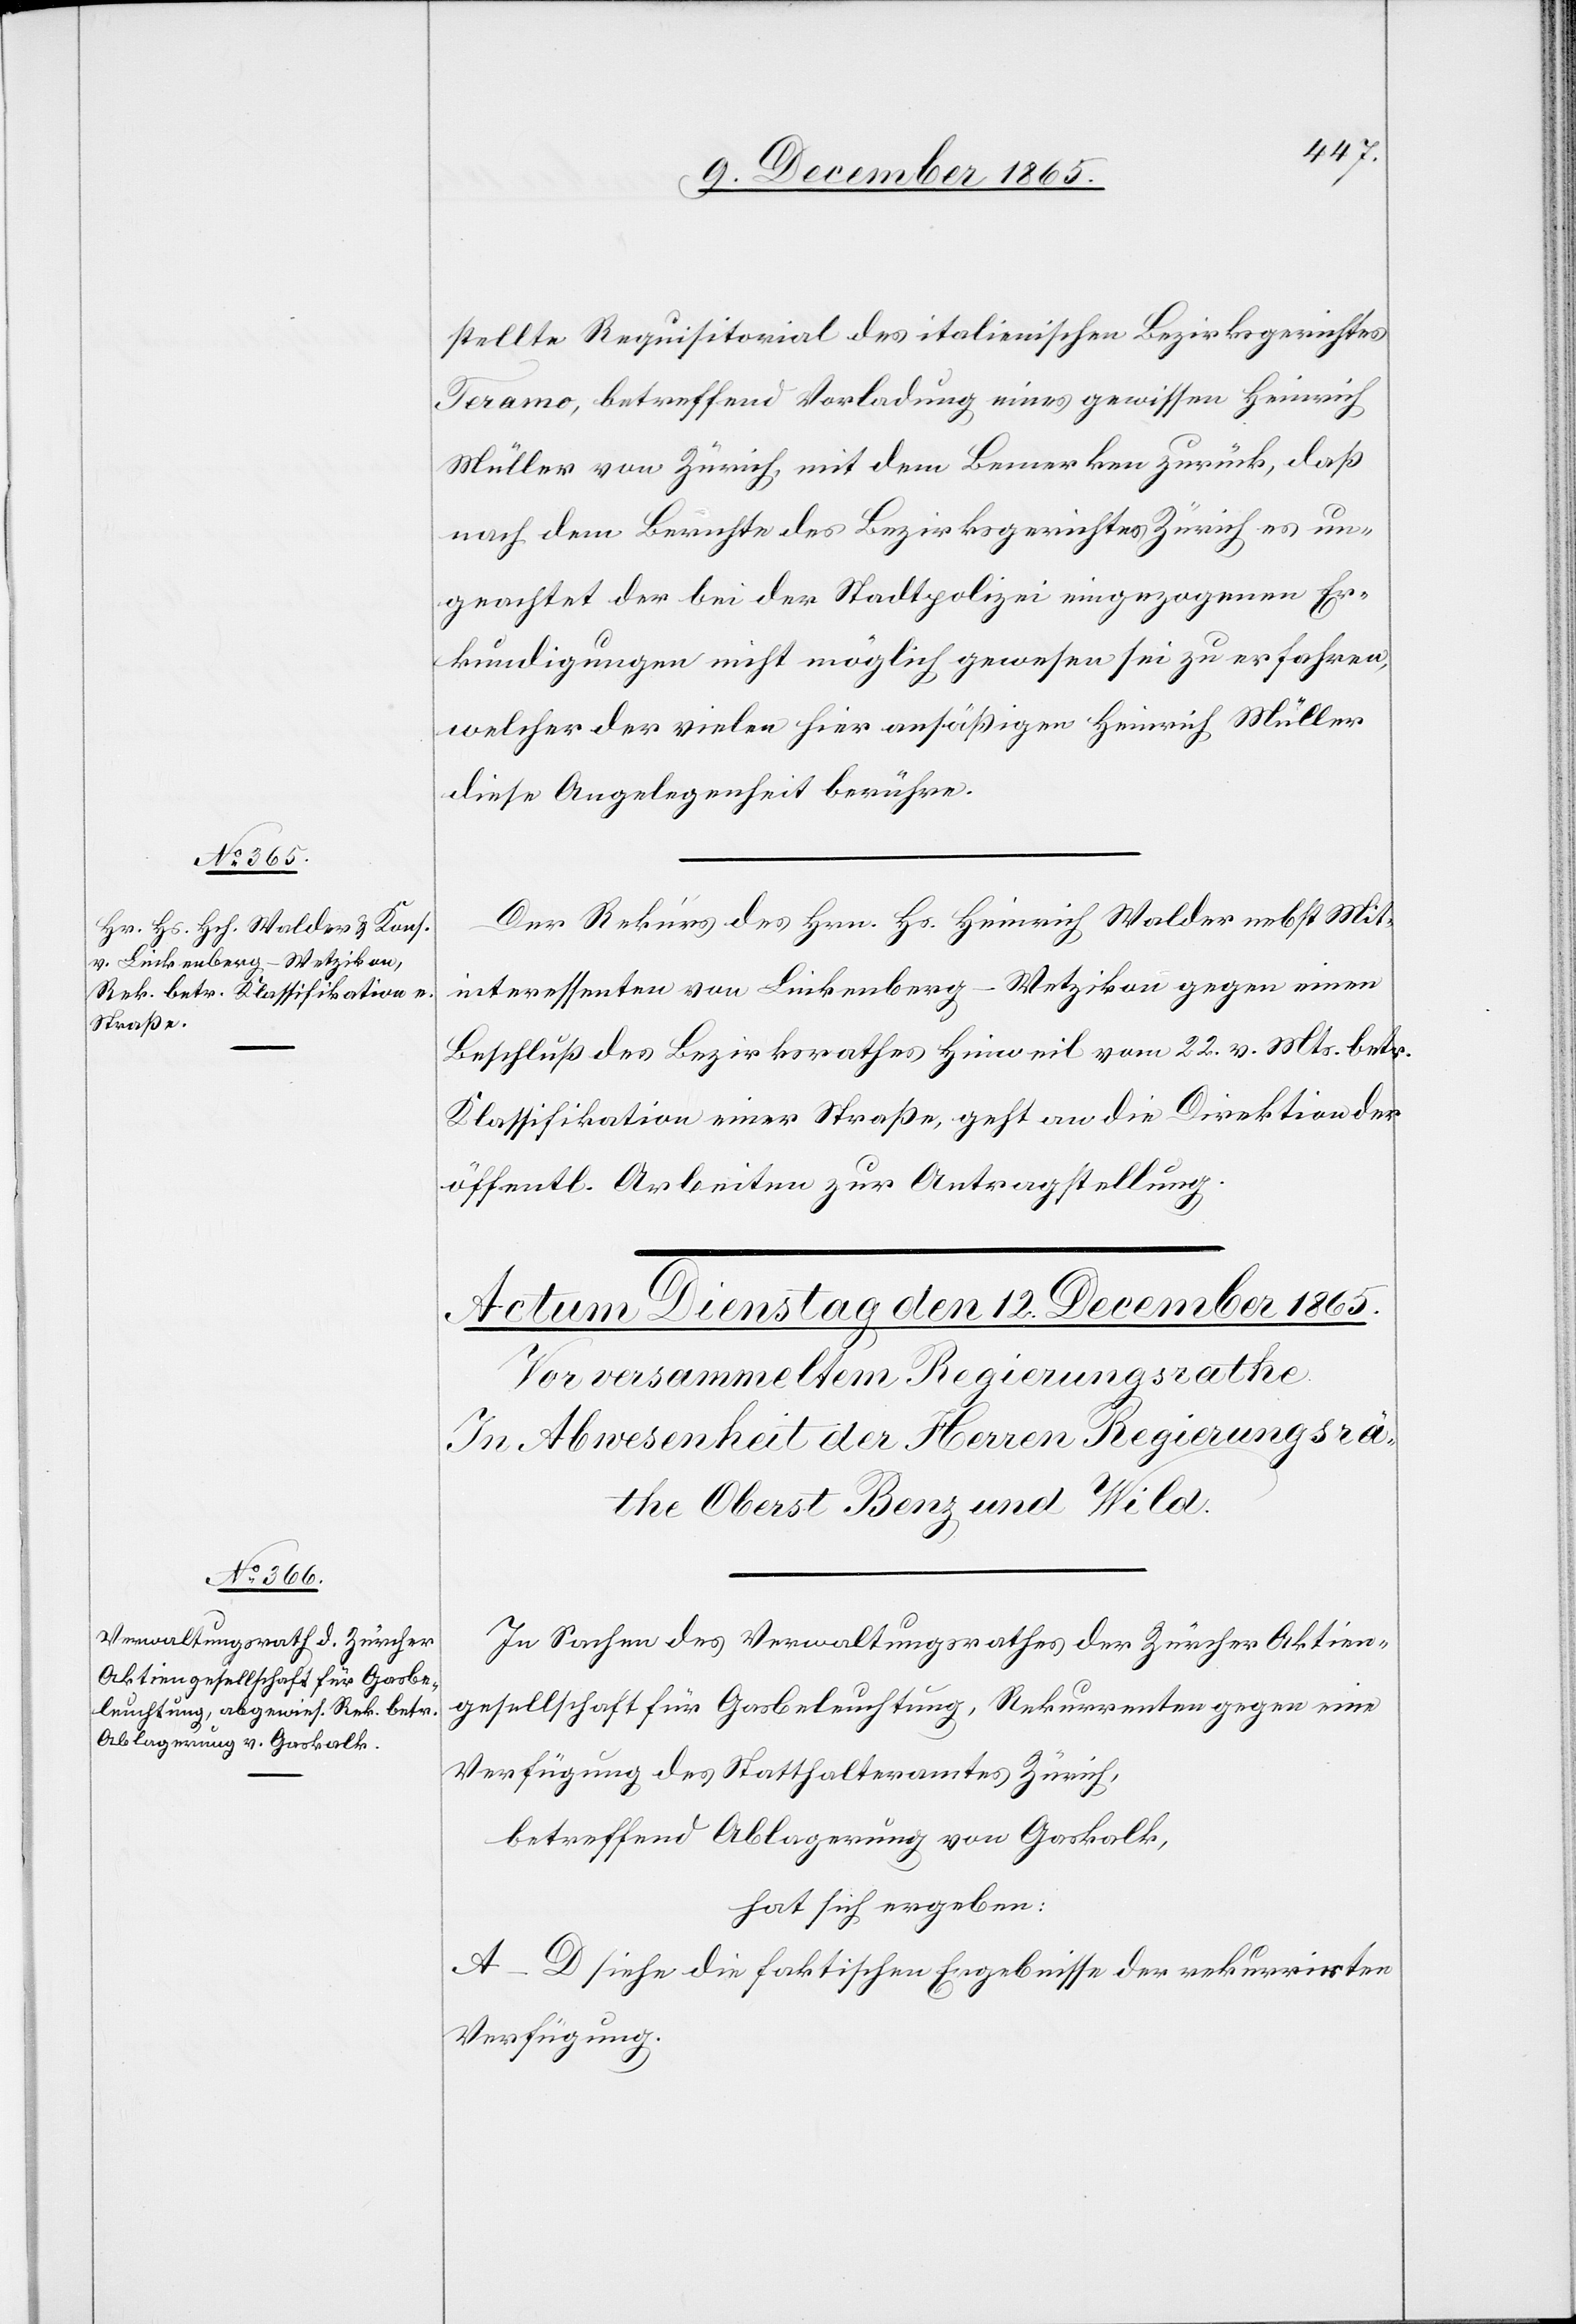
11. December 1865.]
stellte Requisitorial des italienischen Bezirksgerichtes
Teramo, betreffend Vorladung eines gewissen Heinrich
Müller von Zürich, mit der Bemerkung zurück, daß
nach dem Berichte des Bezirksgerichtes Zürich es un¬
geachtet der bei der Stadtpolizei eingezogenen Er¬
kundigungen nicht möglich gewesen sei zu erfahren,
welcher [sic!]der vielen hier ansäßigen Heinrich Müller
diese Angelegenheit berühre.
Der Rekurs des Hrn. Hs. Heinrich Walder nebst Mit¬
interessenten von Linkenberg - Wetzikon gegen einen
Schluß des Bezirksrathes Hinweil vom 22. v. Mts. betr.
Klassifikation einer Straße, geht an die Direktion der
öffentl. Arbeiten zur Antragstellung.
In Sachen des Verwaltungsrathes der Zürcher Aktien¬
gesellschaft für Gasbeleuchtung, Rekurrenten gegen eine
Verfügung des Statthalteramtes Zürich,
betreffend Ablagerung von Gaskalk,
hat sich ergeben:
A–D siehe die faktischen Ergebnisse der rekurrirten
Verfügung.